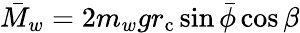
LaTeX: \bar{M}_{w}=2m_{w}gr_{\mathrm{c}}\sin\bar{\phi}\cos\beta